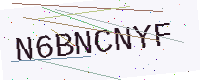
Text: N6BNCNYF